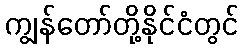
ကျွန်တော်တို့နိုင်ငံတွင်